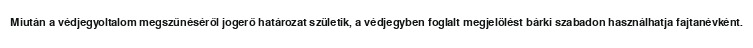
Miután a védjegyoltalom megszűnéséről jogerő határozat születik, a védjegyben foglalt megjelölést bárki szabadon használhatja fajtanévként.